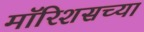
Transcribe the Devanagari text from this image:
मॉरिशसच्या